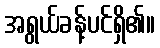
အရွယ်ခန့်ပင်ရှိ၏။